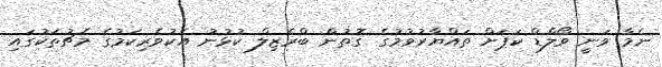
ނެމާ ވަނީ ވޯލްޑް ކަޕަށް ތައްޔާރުވުމުގެ ގޮތުން ބްރެޒިލް ކުޅުނު އެކުވެރިކަމުގެ މެޗުތަކުގައި